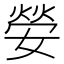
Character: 嫈